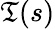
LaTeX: \mathfrak{T}(s)